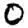
Digit: 0